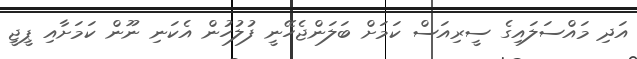
އަދި މައްސަލައިގެ ސީރިއަސް ކަމަށް ބަލަންޖެހޭނީ ފުލުހުން އެކަނި ނޫން ކަމަށާއި ޕީޖީ